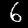
Label: 6